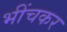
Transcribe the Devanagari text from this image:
भींचकर